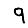
Digit: 9